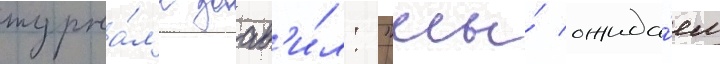
журна́л'е заав'и́л: "мы́ ожида́ем